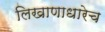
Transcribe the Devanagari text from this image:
लिखाणाधारेच